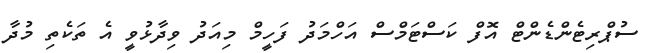
ސުޕްރިޓެންޑެންޓް އޮފް ކަސްޓަމްސް އަހްމަދު ފަހީމް މިއަދު ވިދާޅުވީ އެ ތަކެތި މުދާ